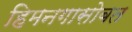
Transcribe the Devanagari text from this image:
हिमनगासोबत